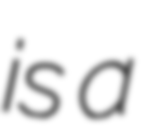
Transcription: is a